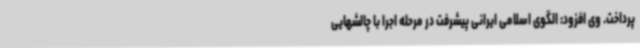
پرداخت. وی افزود: الگوی اسلامی ایرانی پیشرفت در مرحله اجرا با چالشهایی